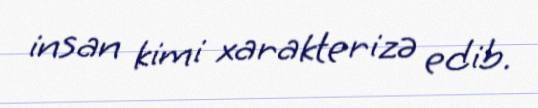
insan kimi xarakterizə edib.